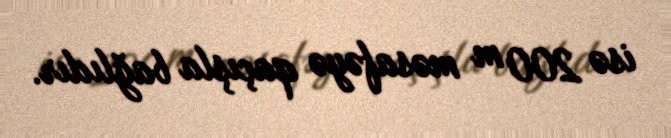
isə 200 m məsafəyə qaçışla bağlıdır.